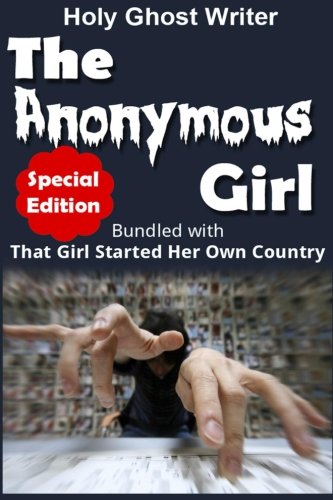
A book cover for The Anonymous Girl (Special Edition): Bundled with That Girl Started Her Own Country; Holy Ghost Writer; Mystery, Thriller & Suspense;